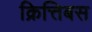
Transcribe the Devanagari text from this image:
क्रित्तिबस